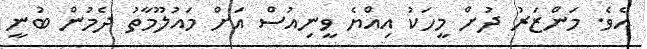
އެެވެ. މަންޒަރު ދުށް މީހަކު އިއްޔެ ވީނިއުސް އަށް މައުލޫމާތު ދެމުން ބުނީ